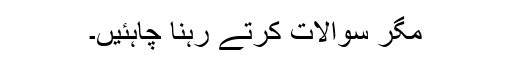
مگر سوالات کرتے رہنا چاہئیں۔